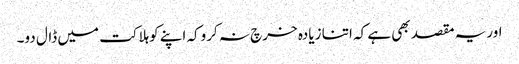
اوریہ مقصد بھی ہے کہ اتنا زیادہ خرچ نہ کروکہ اپنے کوہلاکت میں ڈال دو۔